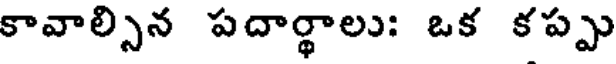
కావాల్సిన పదార్థాలు: ఒక కప్పు